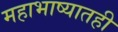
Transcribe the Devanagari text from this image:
महाभाष्यातही